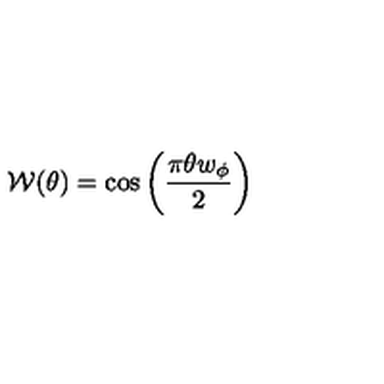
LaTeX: { \cal W } ( \theta ) = \cos \left( \frac { \pi \theta w _ { \phi } } { 2 } \right)